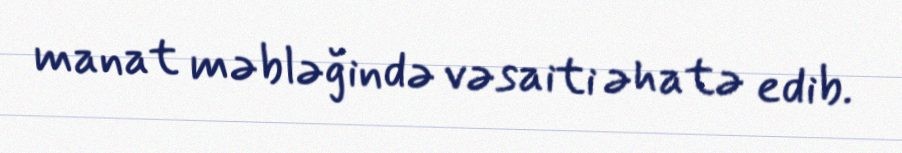
manat məbləğində vəsaiti əhatə edib.